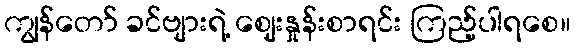
ကျွန်တော် ခင်ဗျားရဲ့ ဈေးနှုန်းစာရင်း ကြည့်ပါရစေ။